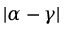
\vert \alpha - \gamma \vert